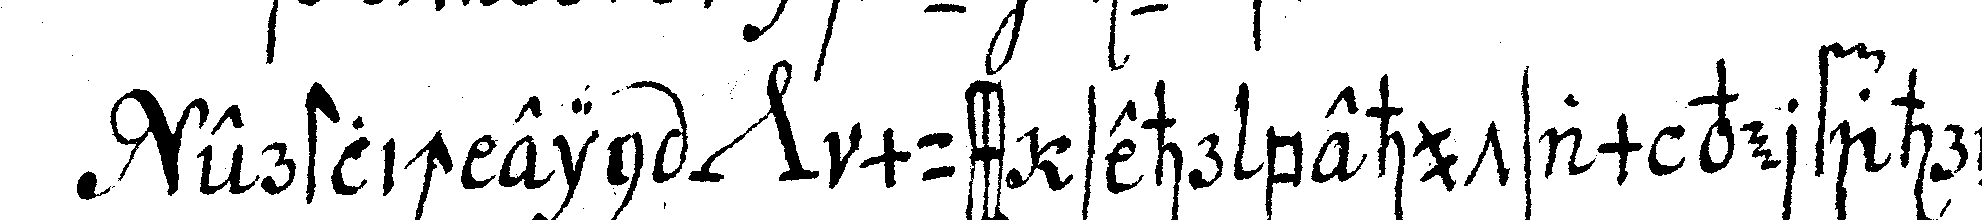
erstlich ein *nee* muss sehr behutam verfahreN